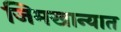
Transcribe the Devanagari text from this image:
जिमखान्यात